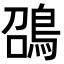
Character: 䳂